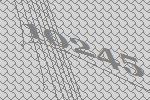
10245